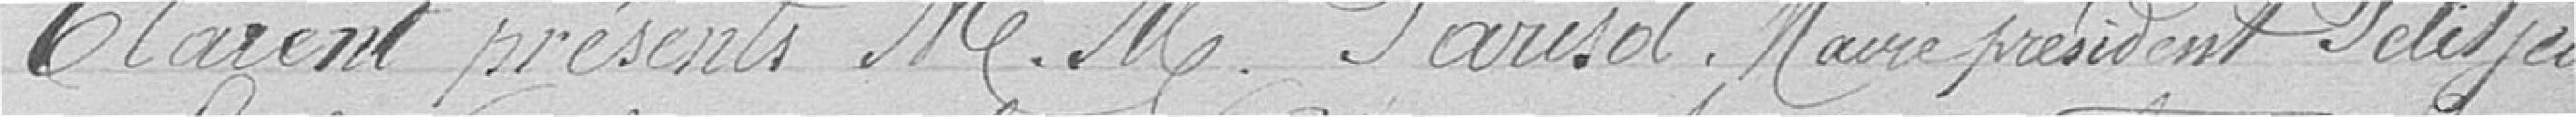
Etaient présents messieurs Parisot, Maire Président, Petitjean